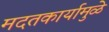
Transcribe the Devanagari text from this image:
मदतकार्यामुळे